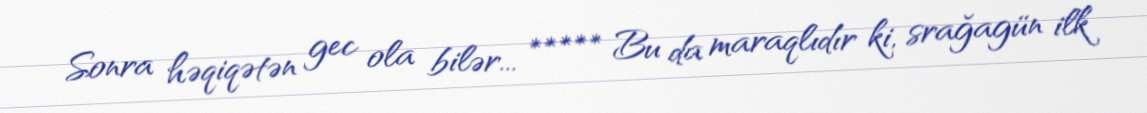
Sonra həqiqətən gec ola bilər... ***** Bu da maraqlıdır ki, srağagün ilk